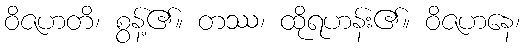
ဝိဇဟတိ၊ စွန့်၏။ တဿ၊ ထိုရဟန်း၏။ ဝိဇဟနေ၊